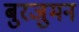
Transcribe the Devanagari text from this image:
बुरजुमन